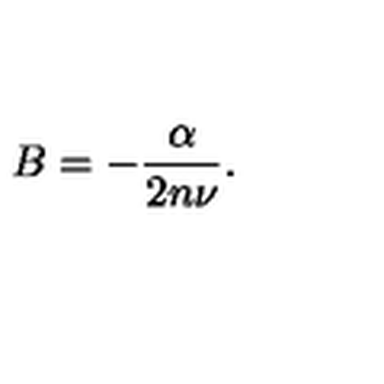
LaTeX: B = - \frac { \alpha } { 2 n \nu } .